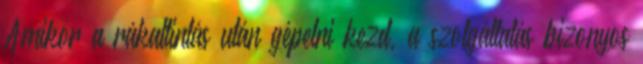
Amikor a rákattintás után gépelni kezd, a szolgáltatás bizonyos